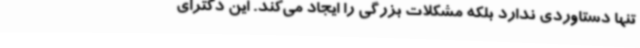
تنها دستاوردی ندارد بلکه مشکلات بزرگی را ایجاد می‌کند. این دکترای